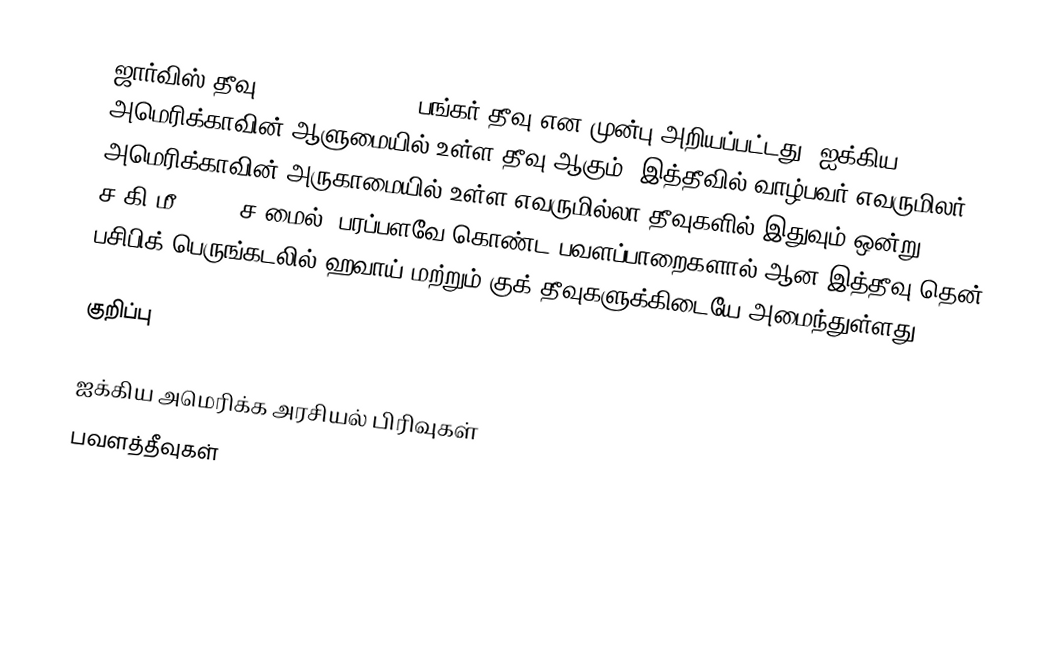
ஜார்விஸ் தீவு(Jarvis Island)(; பங்கர் தீவு என முன்பு அறியப்பட்டது) ஐக்கிய அமெரிக்காவின் ஆளுமையில் உள்ள தீவு ஆகும். இத்தீவில் வாழ்பவர் எவருமிலர். அமெரிக்காவின் அருகாமையில் உள்ள எவருமில்லா தீவுகளில் இதுவும் ஒன்று. 4.5 ச.கி.மீ (1.75 ச.மைல்) பரப்பளவே கொண்ட பவளப்பாறைகளால் ஆன இத்தீவு,தென் பசிபிக் பெருங்கடலில் ஹவாய் மற்றும் குக் தீவுகளுக்கிடையே அமைந்துள்ளது.

குறிப்பு

ஐக்கிய அமெரிக்க அரசியல் பிரிவுகள்
பவளத்தீவுகள்